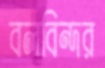
বলবিন্দর